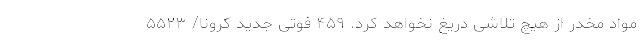
مواد مخدر از هیچ تلاشی دریغ نخواهد کرد.‌ ۴۵۹ فوتی جدید کرونا/ ۵۵۲۳